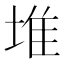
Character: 堆